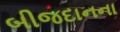
બીજદાનના